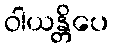
ဝါယန္တိပေ